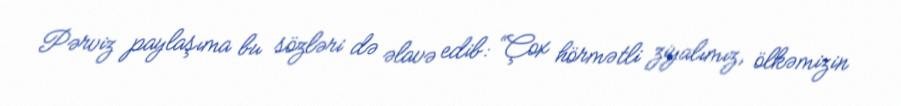
Pərviz paylaşıma bu sözləri də əlavə edib: “Çox hörmətli ziyalımız, ölkəmizin